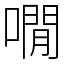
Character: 㗴